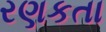
રણકતા